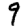
Digit: 9